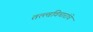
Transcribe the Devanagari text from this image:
तत्त्वविचारांचे